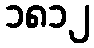
၁၈၁၂